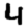
Digit: 4